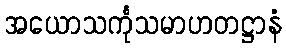
အယောသင်္ကုသမာဟတဋ္ဌာနံ